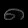
Digit: ၈